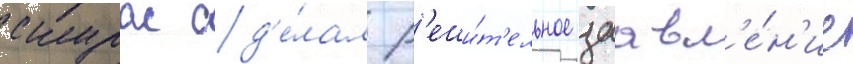
скурас сд'е́лал р'еши́т'ельное заавл'е́н'ие